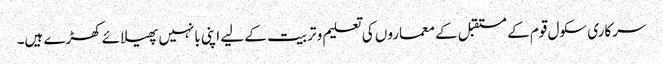
سرکاری سکول قوم کے مستقبل کے معماروں کی تعلیم و تربیت کے لیے اپنی بانہیں پھیلائے کھڑے ہیں۔